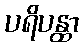
ပရိပန္ထာ